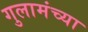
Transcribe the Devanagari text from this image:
गुलामंच्या